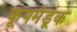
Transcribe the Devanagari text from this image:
कूपमंडूक